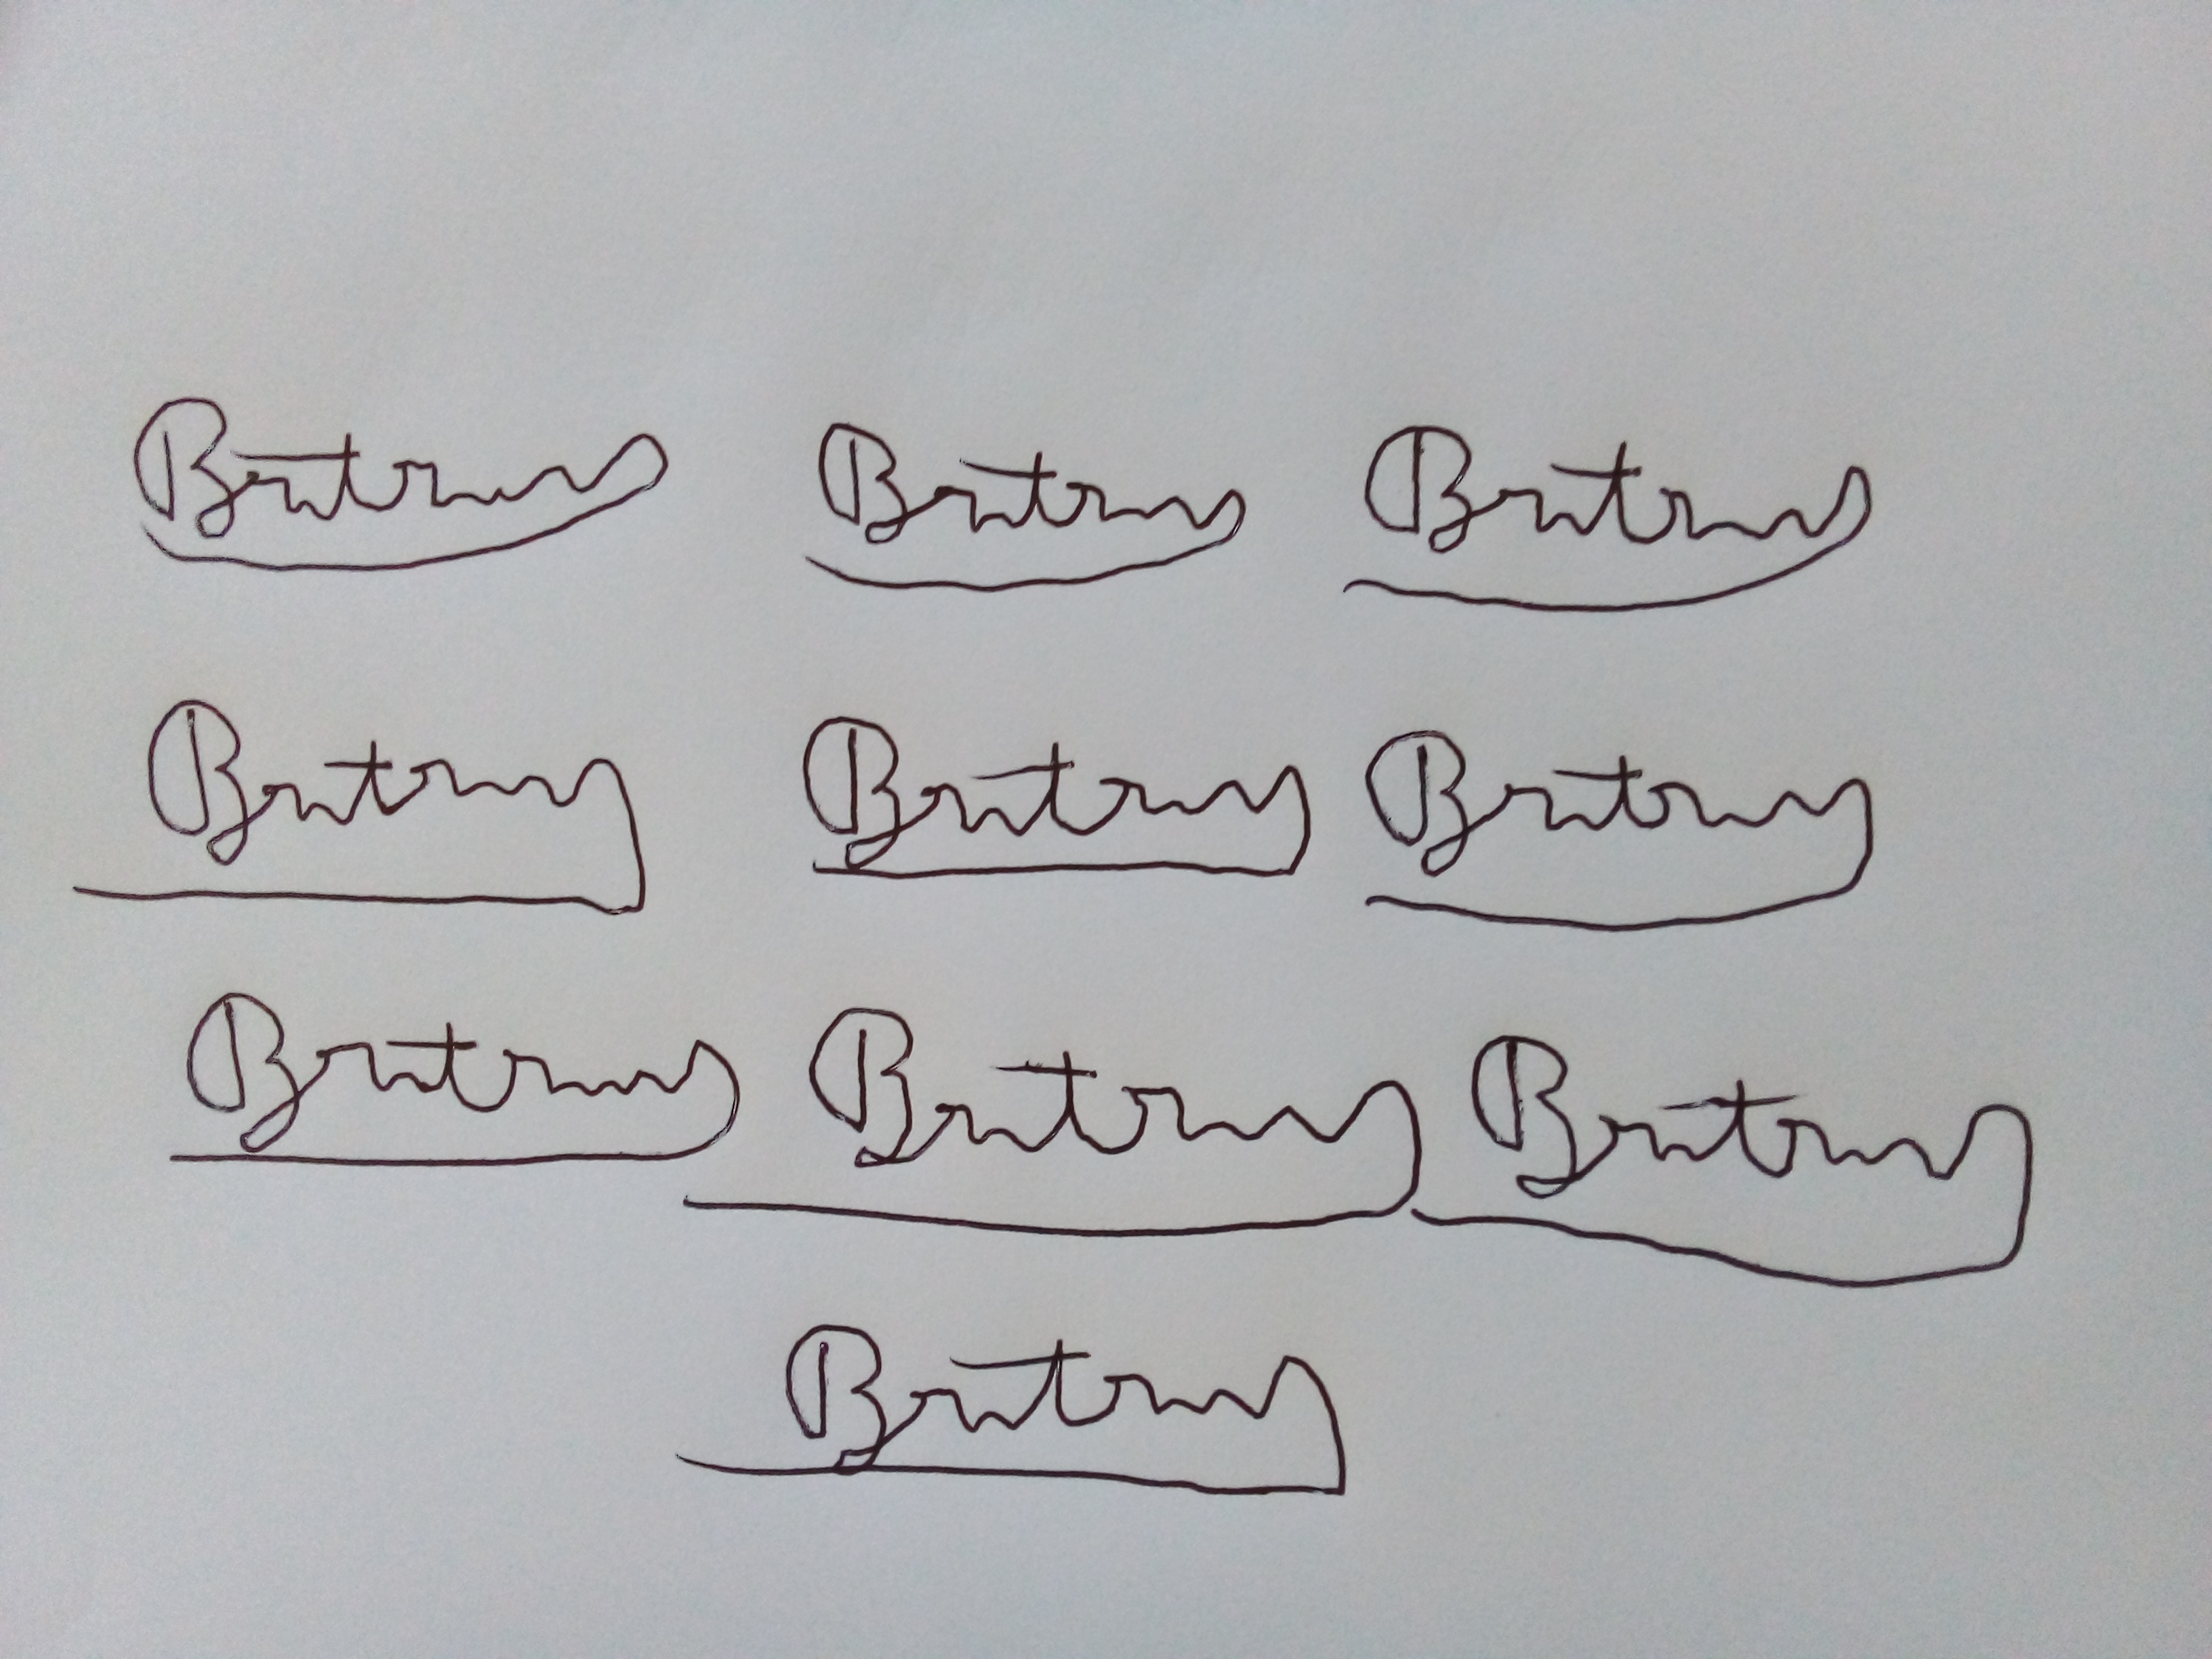
Signature authenticity: forged